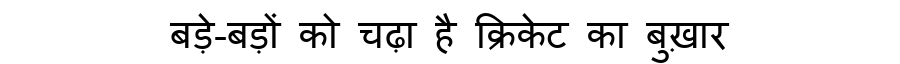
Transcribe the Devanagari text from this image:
बड़े-बड़ों को चढ़ा है क्रिकेट का बुख़ार